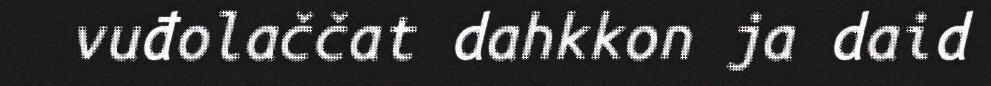
vuđolaččat dahkkon ja daid